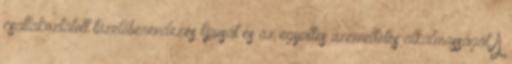
csatlakoztatott tüzelőberendezés típusát és az együttes üzemeltetés alkalmasságát A